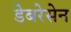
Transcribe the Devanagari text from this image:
डेबरेसेन